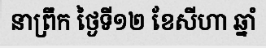
នាព្រឹក ថ្ងៃទី១២ ខែសីហា ឆ្នាំ